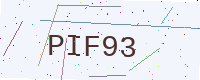
Text: PIF93